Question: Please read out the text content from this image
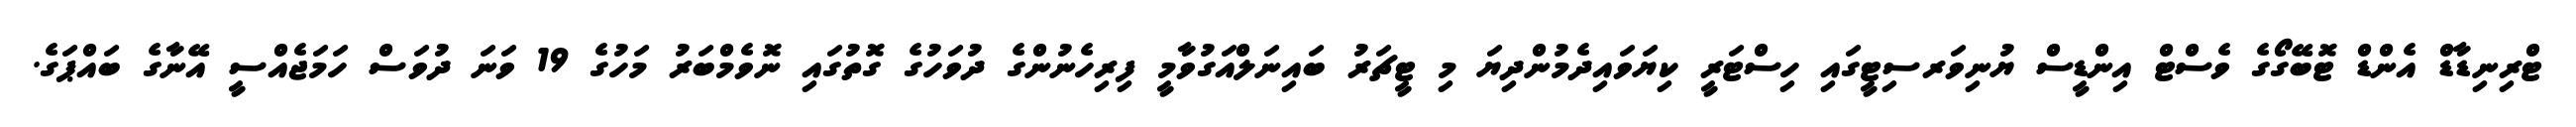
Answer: ޓްރިނިޑާޑް އެންޑް ޓޮބޭގޯގެ ވެސްޓް އިންޑީސް ޔުނިވަރސިޓީގައި ހިސްޓަރީ ކިޔަވައިދެމުންދިޔަ މި ޓީޗަރު ބައިނަލްއަގުވާމީ ފިރިހެނުންގެ ދުވަހުގެ ގޮތުގައި ނޮވެމްބަރު މަހުގެ 19 ވަނަ ދުވަސް ހަމަޖެއްސީ އޭނާގެ ބައްޕަގެ.